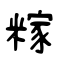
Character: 糘